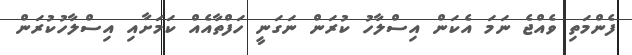
ފެންމަތި ވެއްޖެ ނަމަ އެކަން އިސްލާހު ކުރަން ނަގަނީ ހަފްތާއެއް ކަމަށާއި އިސްލާހުކުރަން